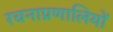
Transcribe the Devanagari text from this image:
रचनाप्रणालियों